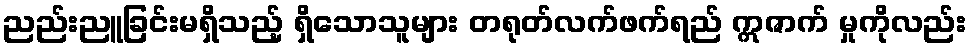
ညည်းညူခြင်းမရှိသည့် ရှိသောသူများ တရုတ်လက်ဖက်ရည် ဣဇာက် မှုကိုလည်း